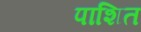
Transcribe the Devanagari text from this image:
पाशित